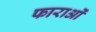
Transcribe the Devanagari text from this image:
फाराओं